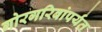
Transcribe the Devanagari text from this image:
गोरगरिबांपर्यंत